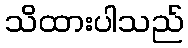
သိထားပါသည်